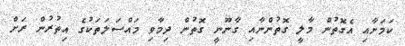
ކަމަށާއި އެގޮތުން މާލީ ގޮތުންނާއި ގާނޫނީ ގޮތުން ދިމާވި މައްސަލަތަކުގެ އިތުރުން ރަށް